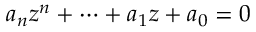
a _ { n } z ^ { n } + \dotsb + a _ { 1 } z + a _ { 0 } = 0